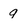
Character: 9